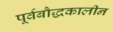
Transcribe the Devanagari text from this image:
पूर्वबौद्धकालीन